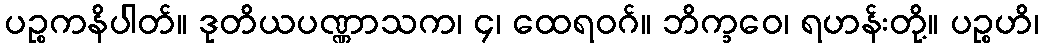
ပဉ္စကနိပါတ်။ ဒုတိယပဏ္ဏာသက၊ ၄၊ ထေရဝဂ်။ ဘိက္ခဝေ၊ ရဟန်းတို့။ ပဉ္စဟိ၊